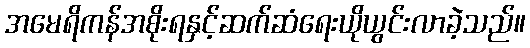
အမေရိကန်အစိုးရနှင့်ဆက်ဆံရေးယိုယွင်းလာခဲ့သည်။